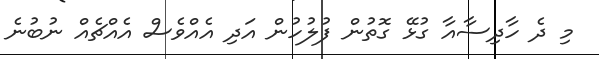
މި ދެ ހާދިސާއާ ގުޅޭ ގޮތުން ފުލުހުން އަދި އެއްވެސް އެއްޗެއް ނުބުނެ